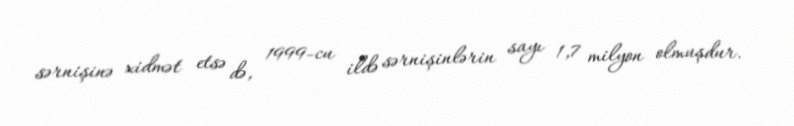
sərnişinə xidmət etsə də, 1999-cu ildə sərnişinlərin sayı 1,7 milyon olmuşdur.